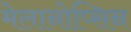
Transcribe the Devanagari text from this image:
मेलानोप्सिन